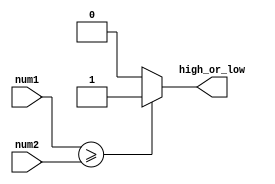
module greater_than_or_equal_to(
    input [7:0] num1,
    input [7:0] num2,
    output high_or_low
);

assign high_or_low = (num1 >= num2) ? 1'b1 : 1'b0;

endmodule